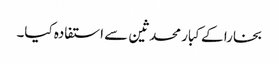
بخارا کے کبار محدثین سے استفادہ کیا۔